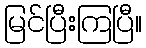
မြင်ပြီးကြပြီ။